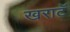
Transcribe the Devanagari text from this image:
खराटॅ